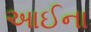
આઈના